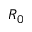
R _ { 0 }